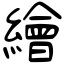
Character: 繪